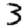
Digit: 3